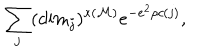
\sum _ { j } ( \mathrm { d i m } _ { j } ) ^ { \kappa ( \cal M ) } e ^ { - e ^ { 2 } \rho c ( j ) } ,